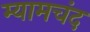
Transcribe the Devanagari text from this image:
म्यामचंद